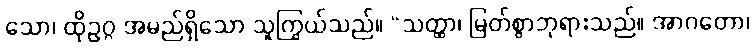
သော၊ ထိုဥဂ္ဂ အမည်ရှိသော သူကြွယ်သည်။ “သတ္ထာ၊ မြတ်စွာဘုရားသည်။ အာဂတော၊